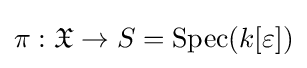
\pi :{\mathfrak {X}}\to S={\text{Spec}}(k[\varepsilon ])